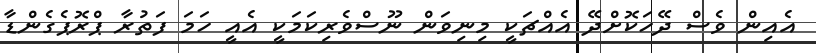
އެއިން ވެސް ދޭހަކޮށްދޭ އެއްޗަކީ މިނިވަން ނޫސްވެރިކަމަކީ އެއީ ހަމަ ފަތުރާ ޕްރޮޕެގެންޑާ